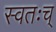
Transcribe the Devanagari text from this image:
स्वतःच्